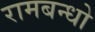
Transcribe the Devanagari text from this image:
रामबन्धो